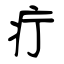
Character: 疔